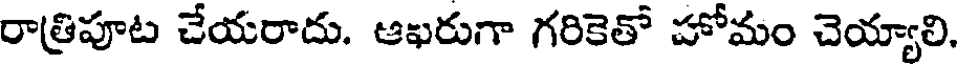
రాత్రిపూట చేయరాదు. ఆఖరుగా గరికెతో హోమం చెయ్యాలి,